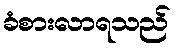
ခံစားလာရသည်